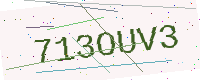
Text: 713OUV3